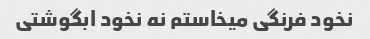
نخود فرنگی میخاستم نه نخود ابگوشتی